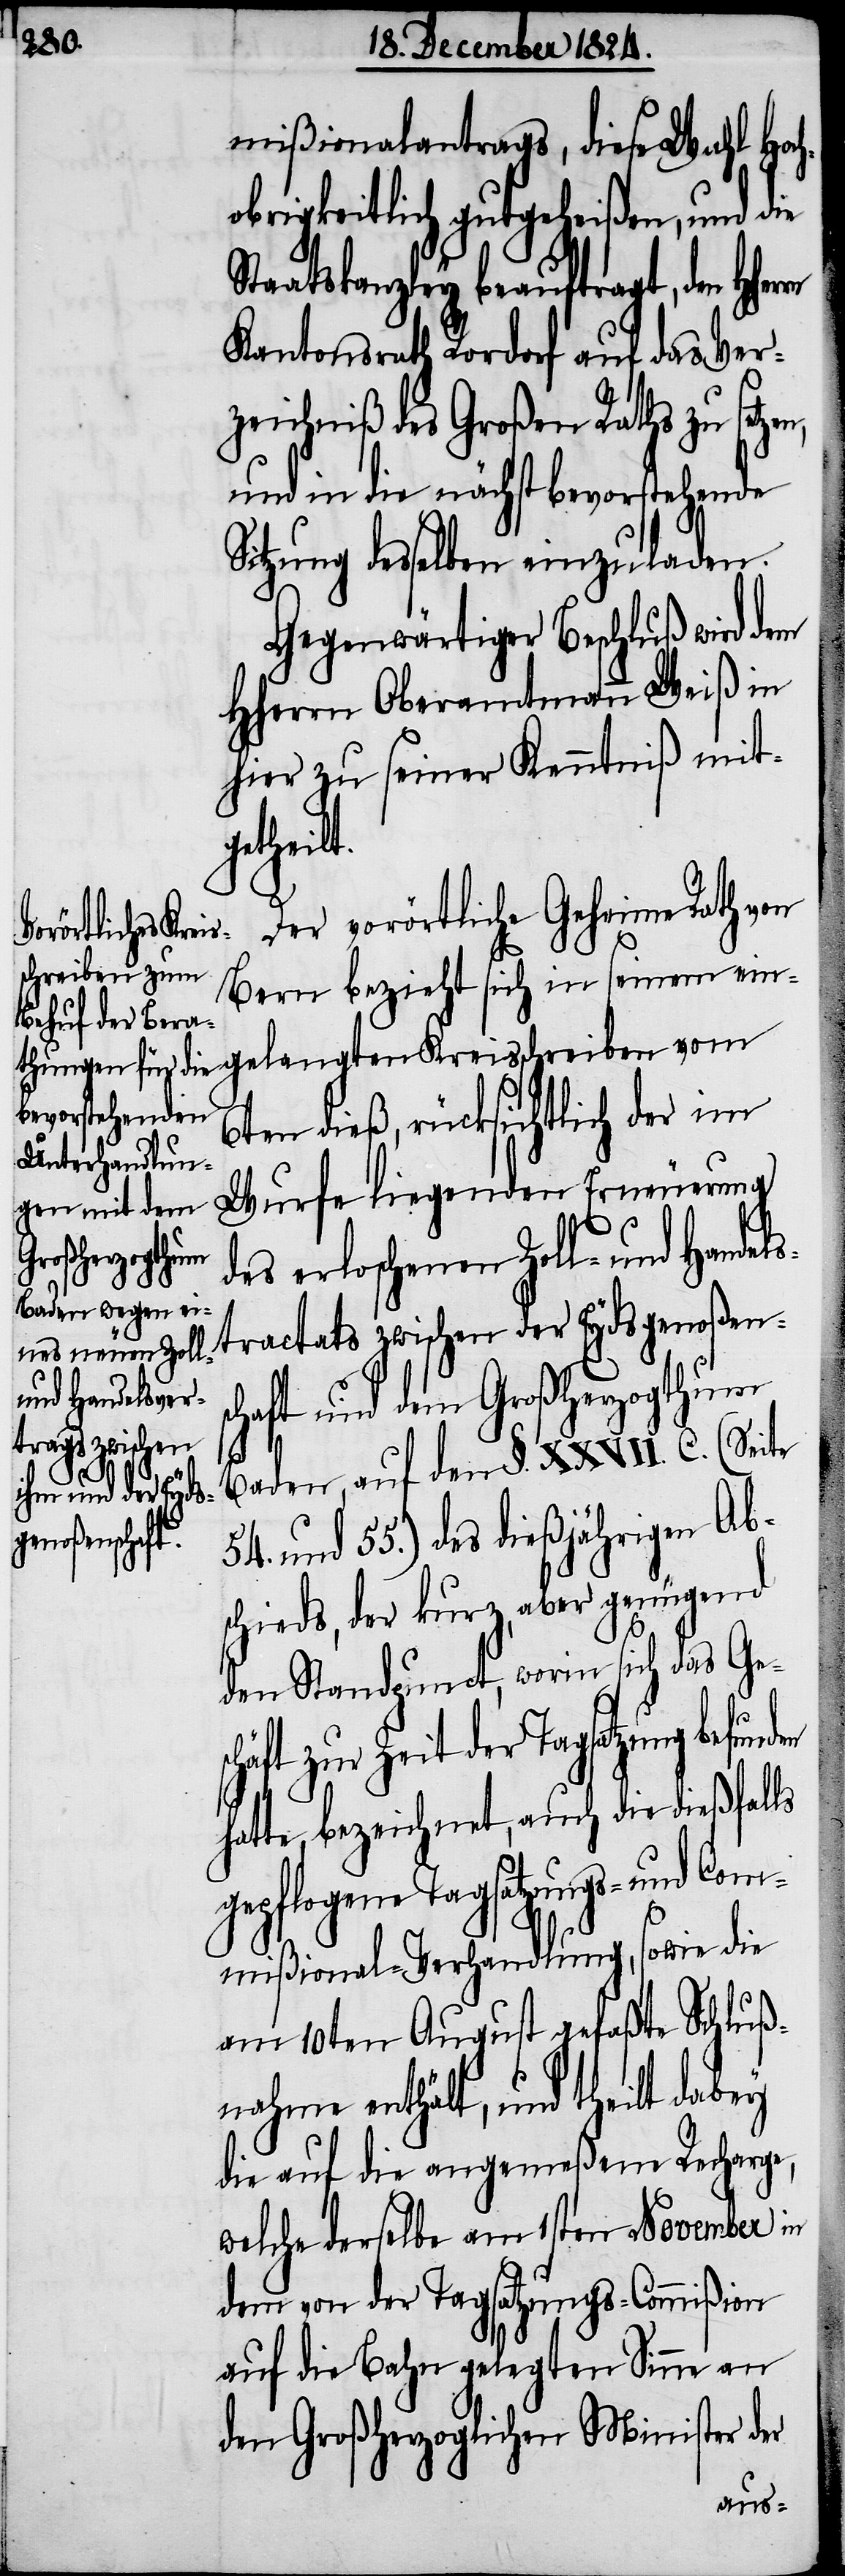
mißionalantrages, diese Wahl Hoch¬
obrigkeitlich gutgeheißen, und die
Staatskanzley beauftragt, den HHer¬
Kantonsrath Rordorf auf das Ver¬
den
zeichniß des Großen Raths zu
und in die nächstbevorstehende
Sitzung desselben einzuladen.
Gegenwärtiger Beschluß wird dem
HHerrn Oberamtmann Weiß in
hier zu seiner Kenntniß mit¬
getheilt.
Der vorörtliche Geheime Rath von
Bern bezieht sich in seinem ein¬
6ten dieß, rücksichtlich der im
Wurfe liegenden Erneuerung
sschreiben
es erloschenen Zoll- und Handel¬
stractats zwischen der Eydsgenoßen¬
haft und dem Großherzogthum
sc¬
Baden, auf den §. XXVII. C. (Seite
54.
und 55.) des dießjährigen Ab¬
schieds, der kurz, aber genügend
den Standpunct, worin sich das Ge¬
äft zur Zeit der Tagsatzung befun¬
hatte, bezeichnet, auch die dießfalls
gepflogene Tagsatzungs- und Com¬
mißional-Verhandlung, sowie die
am 10ten August gefaßte Schluß¬
nahme enthält, und theilt dabey
die auf die angemeßene Recharge,
welche derselbe am 1sten November in
dem von der Tagsatzung-Commißion
auf die Bahn gelegten Sinne an
den Großherzoglichen Minister der